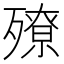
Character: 𣩢